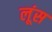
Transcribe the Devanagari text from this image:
लूंस